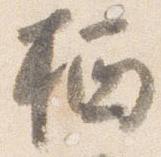
栖